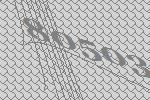
80503